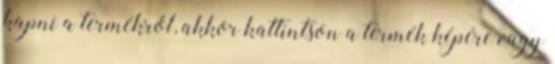
kapni a termékről, akkor kattintson a termék képére vagy